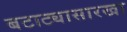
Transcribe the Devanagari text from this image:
बटाट्यासारखा